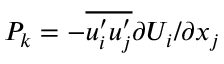
P _ { k } = - \overline { { u _ { i } ^ { \prime } u _ { j } ^ { \prime } } } { \partial U _ { i } / \partial x _ { j } }